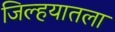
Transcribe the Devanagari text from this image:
जिल्हयातला